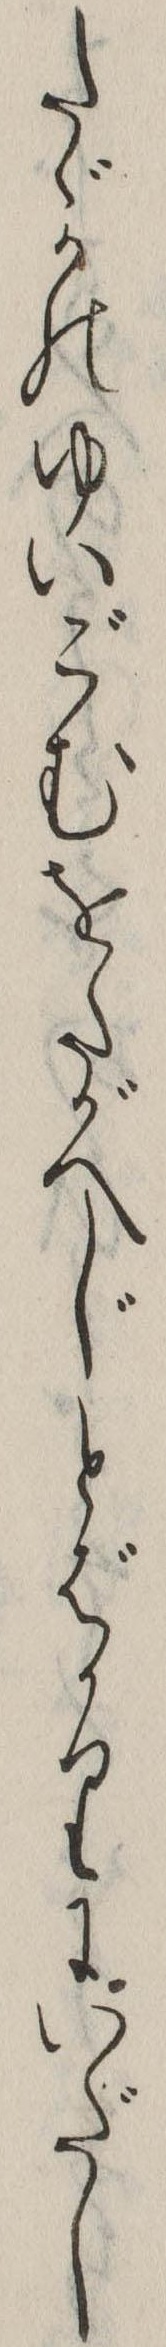
たゞかのゆいごむをたがへじとばかりにいだし